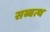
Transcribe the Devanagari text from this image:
सब्बत्थ